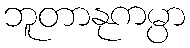
ဘူတာနုကမ္ပာ